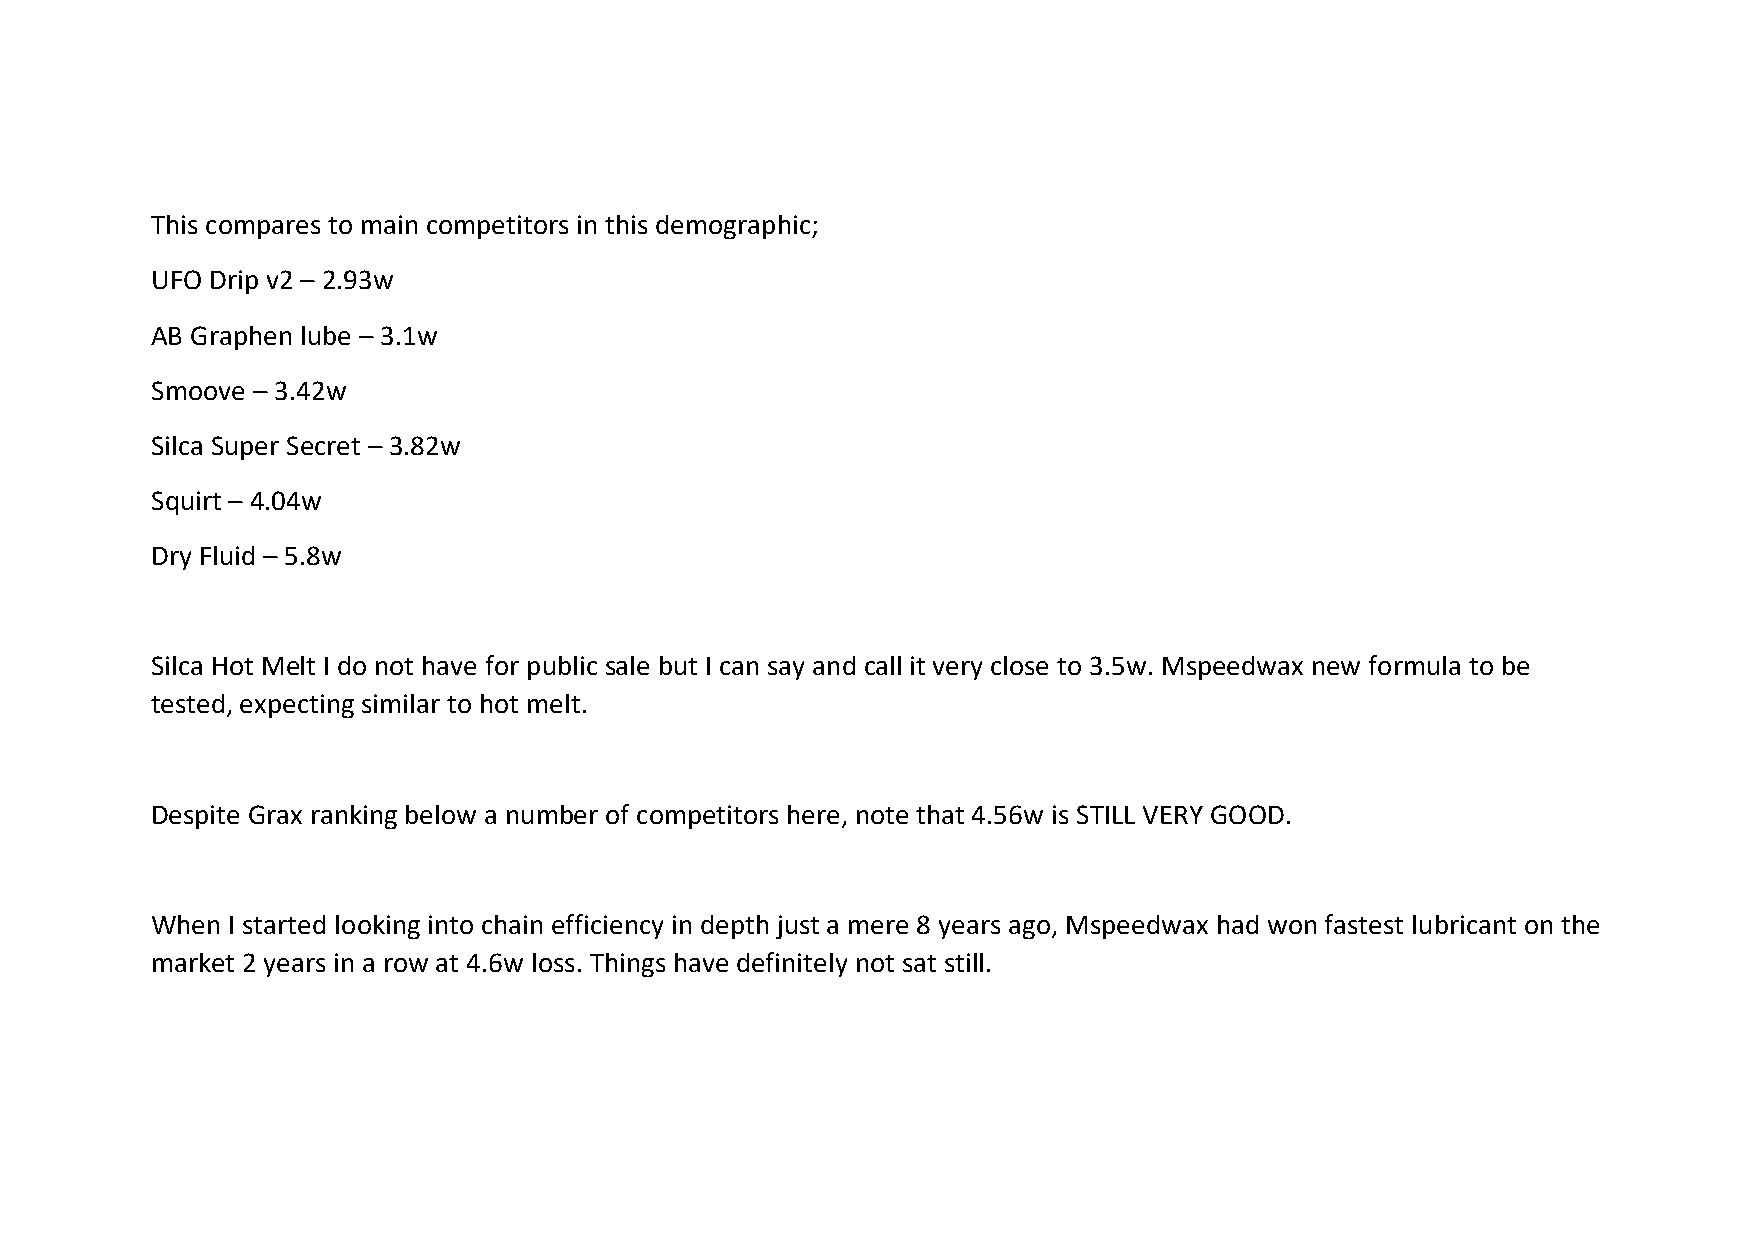
This compares to main competitors in this demographic;
 UFO Drip v2 – 2.93w
 AB Graphen lube – 3.1w
 Smoove – 3.42w
 Silca Super Secret – 3.82w
 Squirt – 4.04w
 Dry Fluid – 5.8w
 Silca Hot Melt I do not have for public sale but I can say and call it very close to 3.5w. Mspeedwax new formula to be
 tested, expecting similar to hot melt.
 Despite Grax ranking below a number of competitors here, note that 4.56w is STILL VERY GOOD.
 When I started looking into chain efficiency in depth just a mere 8 years ago, Mspeedwax had won fastest lubricant on the
 market 2 years in a row at 4.6w loss. Things have definitely not sat still.